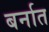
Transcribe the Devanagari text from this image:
बर्नात